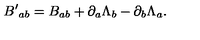
{ B ^ { \prime } } _ { a b } = B _ { a b } + \partial _ { a } \Lambda _ { b } - \partial _ { b } \Lambda _ { a } .